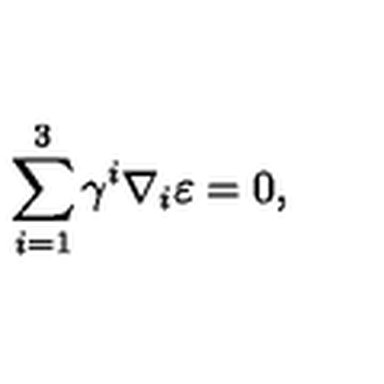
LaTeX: \sum _ { i = 1 } ^ { 3 } \gamma ^ { i } \nabla _ { i } \varepsilon = 0 ,